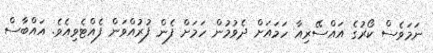
ނަމަވެސް ކޯރުގެ އައްސޭރިއާ ހަމައަށް ދެވުުމުން ހަމަށް ފެން ފުރުއްވަން ފެއްޓެވިއެވެ. އައްބާސް